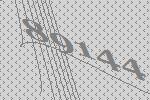
89144